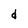
Character: d